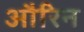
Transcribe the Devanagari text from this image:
औरिन